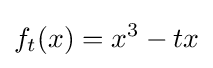
f_{t}(x)=x^{3}-tx